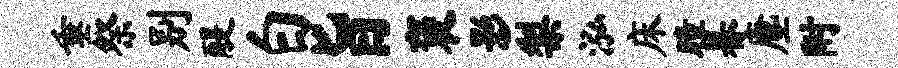
垂祭别醍白旨褒影梨泓床瞳暮麈附